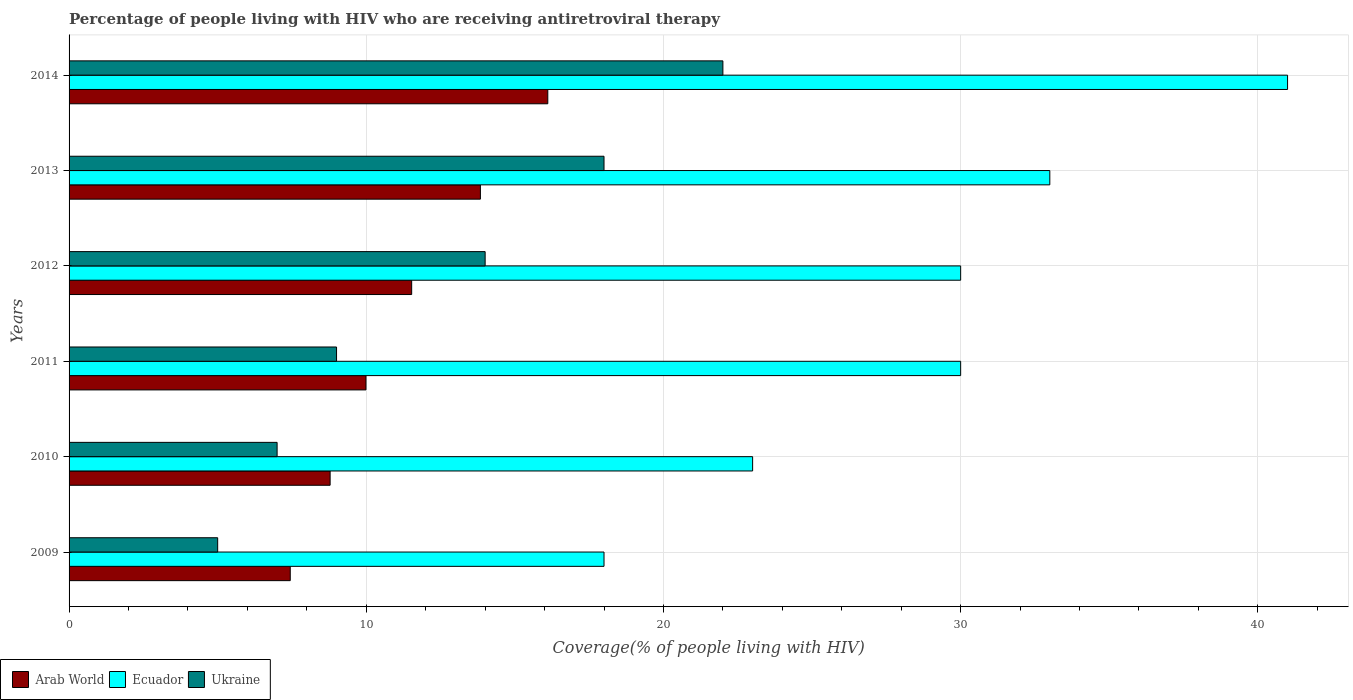
| Years | Arab World | Ecuador | Ukraine |
 | --- | --- | --- | --- |
 | 2009 | 7.44 | 18 | 5 |
 | 2010 | 8.78 | 23 | 7 |
 | 2011 | 9.99 | 30 | 9 |
 | 2012 | 11.5 | 30 | 14 |
 | 2013 | 13.8 | 33 | 18 |
 | 2014 | 16.1 | 41 | 22 |